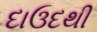
દાઉદથી